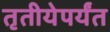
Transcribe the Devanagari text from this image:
तृतीयेपर्यंत